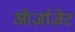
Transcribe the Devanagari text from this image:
ऑर्ज़ाज़ेट